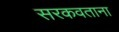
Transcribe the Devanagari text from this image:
सरकवताना